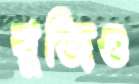
বুজিও